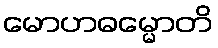
မောဟဓမ္မောတိ